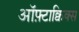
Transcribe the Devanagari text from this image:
ऑफ़्टाक्विक्स